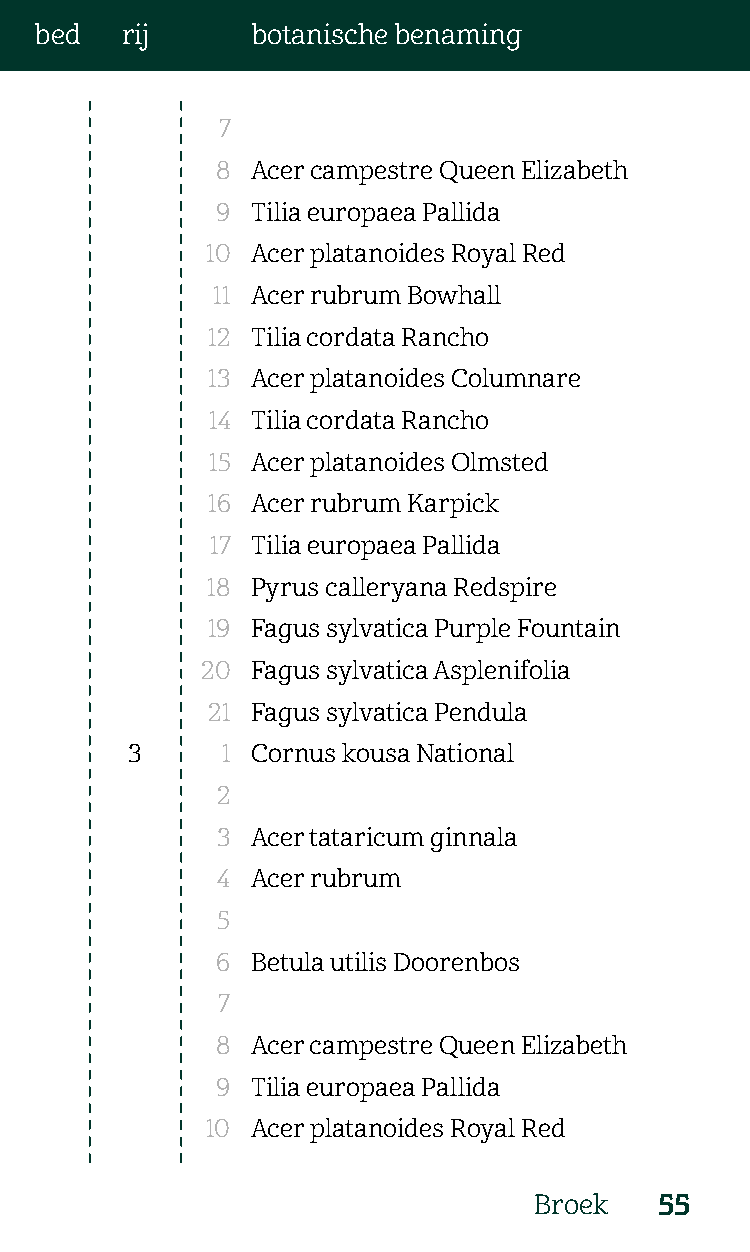
bed   rij      botanische benaming
 7
 8  Acer campestre Queen Elizabeth
 9  Tilia europaea Pallida
 10 Acer platanoides Royal Red
 11 Acer rubrum Bowhall
 12 Tilia cordata Rancho
 13 Acer platanoides Columnare
 14 Tilia cordata Rancho
 15 Acer platanoides Olmsted
 16 Acer rubrum Karpick
 17 Tilia europaea Pallida
 18 Pyrus calleryana Redspire
 19 Fagus sylvatica Purple Fountain
 20  Fagus sylvatica Asplenifolia
 21 Fagus sylvatica Pendula
 3      1 Cornus kousa National
 2
 3  Acer tataricum ginnala
 4  Acer rubrum
 5
 6  Betula utilis Doorenbos
 7
 8  Acer campestre Queen Elizabeth
 9  Tilia europaea Pallida
 10 Acer platanoides Royal Red
 Broek    55